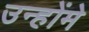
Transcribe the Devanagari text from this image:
उन्होंमे